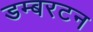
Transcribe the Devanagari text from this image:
डम्बरटन